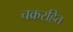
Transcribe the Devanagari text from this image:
चक्ररहित